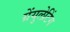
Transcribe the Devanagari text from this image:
ग्रेंयुलेटिंग